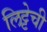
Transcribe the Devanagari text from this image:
लिट्टेची